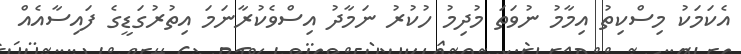
އެކަމަކު މިސްކިތު އިމާމު ނުވަތަ މުދިމު ހުކުރު ނަމާދު އިސްވެކުރާނަމަ އިތުރުގަޑީގެ ފައިސާއެއް